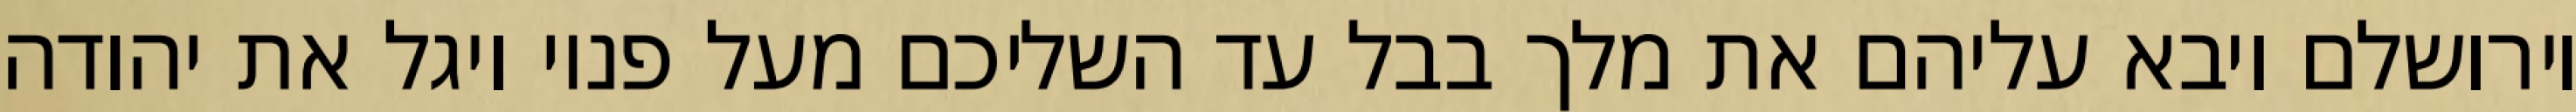
וירושלם ויבא עליהם את מלך בבל עד השליכם מעל פניו ויגל את יהודה